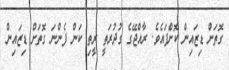
ގޮތަށް ޑިޒައިން ކޮށްފައެވެ. ރާއްޖޭގެ ގުދުރަތީ ރީތި ކަން ފެންނަ ގޮތަށް ޑިޒައިން